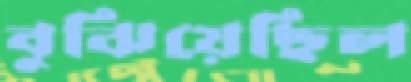
বুঝিয়েছিল